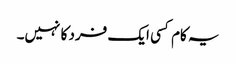
یہ کام کسی ایک فرد کا نہیں۔